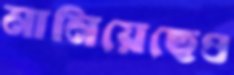
মানিয়েছেও